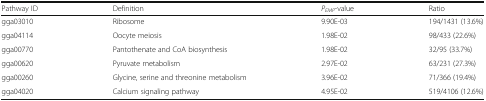
| Pathway ID | Definition | PEMP-value | Ratio |
 | --- | --- | --- | --- |
 | gga03010 | Ribosome | 9.90E-03 | 194/1431 (13.6%) |
 | gga04114 | Oocyte meiosis | 1.98E-02 | 98/433 (22.6%) |
 | gga00770 | Pantothenate and CoA biosynthesis | 1.98E-02 | 32/95 (33.7%) |
 | gga00620 | Pyruvate metabolism | 2.97E-02 | 63/231 (27.3%) |
 | gga00260 | Glycine, serine and threonine metabolism | 3.96E-02 | 71/366 (19.4%) |
 | gga04020 | Calcium signaling pathway | 4.95E-02 | 519/4106 (12.6%) |